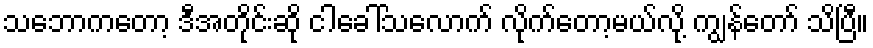
သဘောကတော့ ဒီအတိုင်းဆို ငါခေါ်သလောက် လိုက်တော့မယ်လို့ ကျွန်တော် သိပြီ။